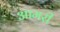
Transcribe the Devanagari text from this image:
आमरी